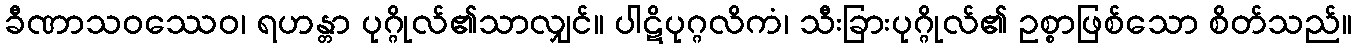
ခီဏာသဝဿေဝ၊ ရဟန္တာ ပုဂ္ဂိုလ်၏သာလျှင်။ ပါဋိပုဂ္ဂလိကံ၊ သီးခြားပုဂ္ဂိုလ်၏ ဥစ္စာဖြစ်သော စိတ်သည်။